system: You are a helpful assistant.
user:
Analyze the provided spectrum to determine if it is a **M-type Giant (gM)**.

A M-type Giant spectrum is defined by its **strong molecular absorption** features, particularly from **Titanium Oxide (TiO)**. You must check for one of the following mutually exclusive signatures:

- **Key Visual Indicators (Absorption-Dominated Spectrum):**

    - **(Primary):** The spectrum is dominated by strong molecular absorption from **Titanium Oxide (TiO)**. This is the **defining feature** of its M-type temperature class.
        - **(Key Bandheads):** Look for sharp, "saw-tooth" absorption valleys. The strongest are located near **~7050 Å**, **~6160 Å**, and **~5170 Å**.
        - **(Line Profile):** The "saw-tooth" morphology is critical: a **sharp, steep drop on the BLUE (short-wavelength) side** of the bandhead, followed by a gradual recovery (rising flux) towards the RED (long-wavelength) side.

    - **(Key Confirmation - Giant vs. Dwarf):** **ABSENCE** of strong **Calcium Hydride (CaH)** molecular bands. This is the primary diagnostic for *excluding* M-dwarfs.
        - **(Key Region):** The spectrum should lack the strong, broad absorption band seen in dwarfs between **~6800 Å and ~7000 Å**.

    - **(Secondary Confirmation - Giant):** A very strong and broad **Neutral Calcium (Ca I)** atomic absorption line.
        - **(Key Line):** Located at **~4226 Å**. In a giant (gM), this line is significantly deeper and broader than the same line in an M-dwarf (dM) due to low surface gravity.

    - **(Overall Spectrum):**
        - The continuum is **extremely red-sloping** (i.e., flux is very low in the blue and rises dramatically towards the red).
        - The entire spectrum appears "chopped up" by the deep TiO bands.

Think first, call **spectral_visualization_tool** if needed to examine features in detail, then provide your final answer. Your response must adhere to the following strict rules:
1.  **Overall Structure:** Your response must follow the format `<think>...</think> <tool_call>...</tool_call> (if a tool is used) <answer>...</answer>`.
2.  **Tool Usage Constraint:** You may only make **one** tool call per turn.
3.  **Final Answer Format:** In the `<answer>` tag, your conclusion must be inside a `\boxed{}` command (e.g., `\boxed{YES}` or `\boxed{NO}`), followed by your justification.

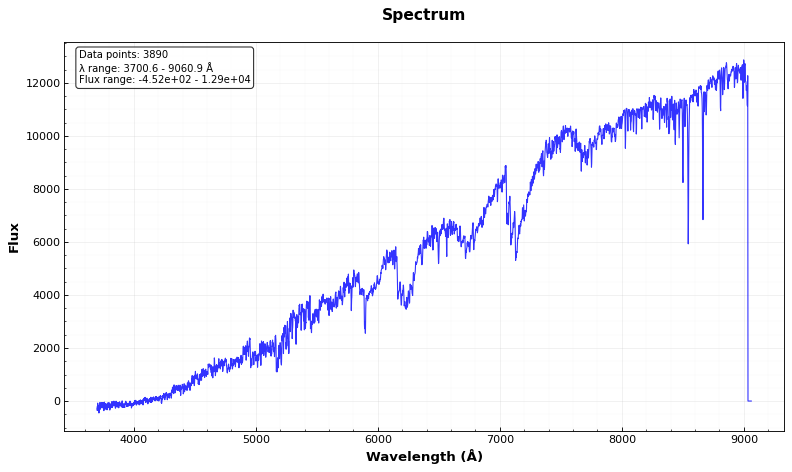
Answer: YES